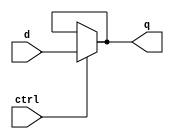
module d_latch(input d,ctrl ,output q);
assign q = ctrl ? d : q;
endmodule